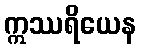
ဣဿရိယေန